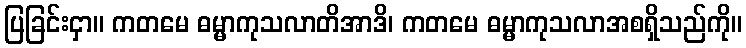
ပြခြင်းငှာ။ ကတမေ ဓမ္မာကုသလာတိအာဒိ၊ ကတမေ ဓမ္မာကုသလာအစရှိသည်ကို။